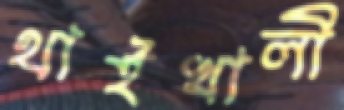
থাইখালী